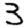
Digit: 3